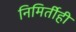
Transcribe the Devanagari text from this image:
निमिर्तीही